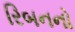
રિબનનો